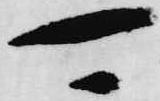
可